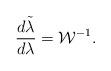
LaTeX: \begin{align*}{{d\tilde{\lambda}}\over{d\lambda}}={\cal W}^{-1}.\end{align*}